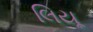
લિયૂ